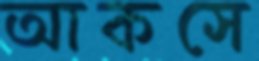
আকসে